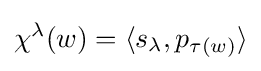
\chi ^{\lambda }(w)=\langle s_{\lambda },p_{\tau (w)}\rangle